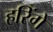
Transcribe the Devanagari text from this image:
हरिंगे